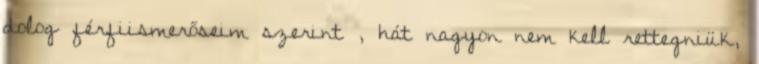
dolog férfiismerőseim szerint , hát nagyon nem kell rettegniük,